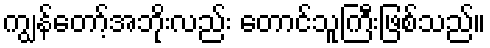
ကျွန်တော့်အဘိုးလည်း တောင်သူကြီးဖြစ်သည်။